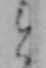
と